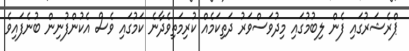
ޕްރެޝަރުގައި ފެން ލިބުމުގައި މިދުވަސްވަރު ދަތިކަމެއް ކުރިމަތިވެދާނެ ކަމުގައި ވެސް އެކުންފުނިން ބުނެފައިވެ